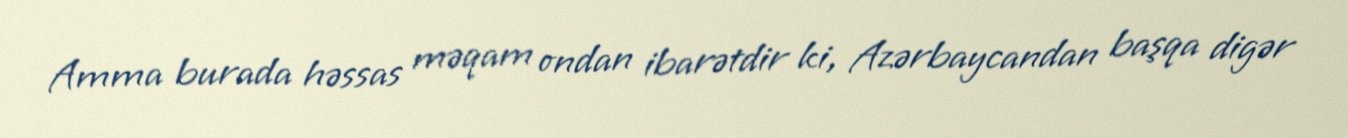
Amma burada həssas məqam ondan ibarətdir ki, Azərbaycandan başqa digər